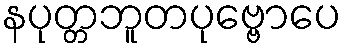
နပုတ္တဘူတပုဗ္ဗောပေ